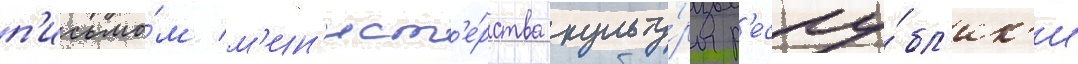
п'исьмо́м м'ин'ист'е́рства культу́ры р'еспу́бл'ик'и